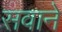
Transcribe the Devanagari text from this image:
सवाने